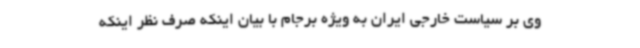
وی بر سیاست خارجی ایران به ویژه برجام با بیان اینکه صرف نظر اینکه